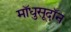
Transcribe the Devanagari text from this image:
मॉधुसूदॉन